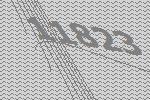
11823